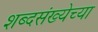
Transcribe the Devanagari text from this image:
शब्दसंख्येच्या